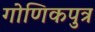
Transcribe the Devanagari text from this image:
गोणिकपुत्र